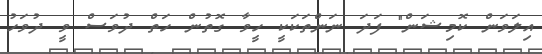
އިލަވަން ކޮމިޝަން" ފަދަ ނަންތަކަކީ ހީވާ ގޮތުން ހަތް ދުވަސް ވީ ދުވަހު